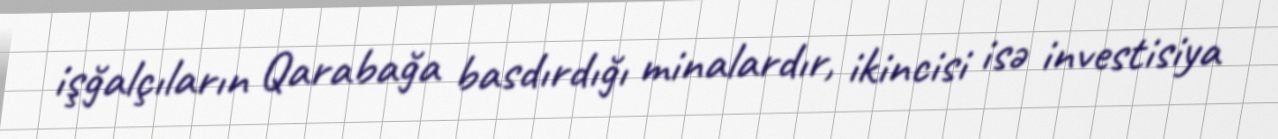
işğalçıların Qarabağa basdırdığı minalardır, ikincisi isə investisiya